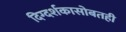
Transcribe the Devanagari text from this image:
दिग्दर्शकासोबतही